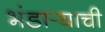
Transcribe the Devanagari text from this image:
भंडार्‍याची